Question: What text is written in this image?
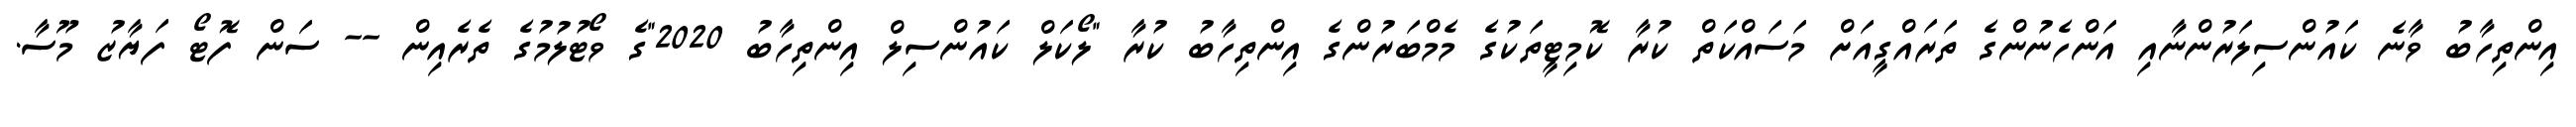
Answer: އިންތިހާބު ވާނެ ކައުންސިލަރުންނާއި އަންހެނުންގެ ތަރައްގީއަށް މަސައްކަތް ކުރާ ކޮމިޓީތަކުގެ މެމްބަރުންގެ އިންތިހާބު ކުރާ "ލޯކަލް ކައުންސިލް އިންތިހާބު 2020"ގެ ވޯޓުލުމުގެ ތެރެއިން -- ސަން ފޮޓޯ ފަޔާޒު މޫސާ.